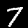
Label: 7